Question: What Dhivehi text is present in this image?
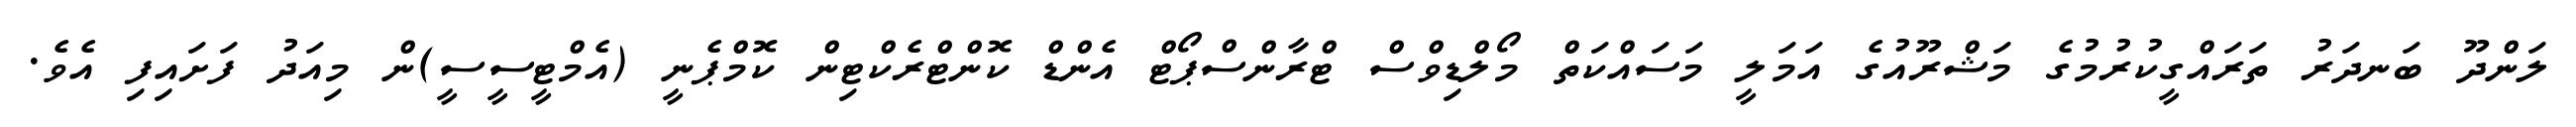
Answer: ލަންދޫ ބަނދަރު ތަރައްގީކުރުމުގެ މަޝްރޫއުގެ އަމަލީ މަސައްކަތް މޯލްޑިވްސް ޓްރާންސްޕޯޓް އެންޑް ކޮންޓްރެކްޓިން ކޮމްޕެނީ (އެމްޓީސީސީ)ން މިއަދު ފަށައިފި އެވެ.